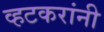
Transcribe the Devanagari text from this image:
व्हटकरांनी